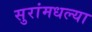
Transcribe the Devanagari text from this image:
सुरांमधल्या